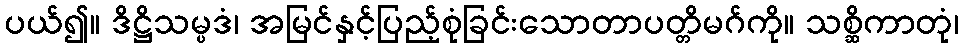
ပယ်၍။ ဒိဋ္ဌိသမ္ပဒံ၊ အမြင်နှင့်ပြည့်စုံခြင်းသောတာပတ္တိမဂ်ကို။ သစ္ဆိကာတုံ၊